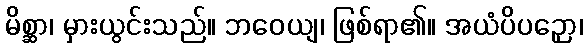
မိစ္ဆာ၊ မှားယွင်းသည်။ ဘဝေယျ၊ ဖြစ်ရာ၏။ အယံပိပဉှော၊